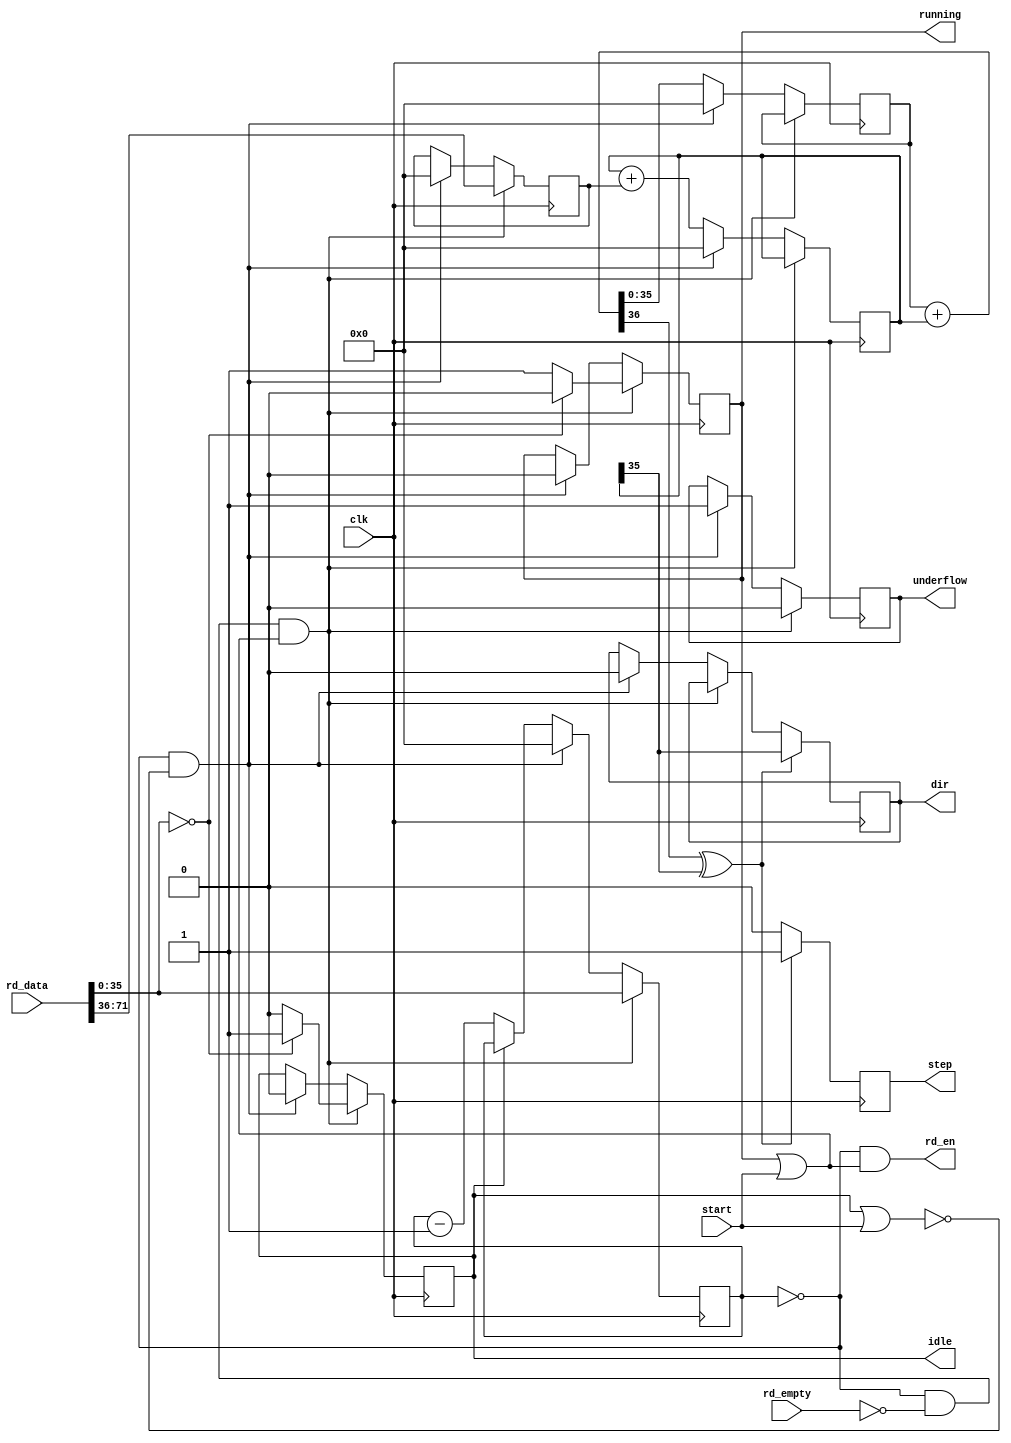
`timescale 1ns / 1ps


//
// the step output will be held high for one cycle when a step
// should be generated. This add a pipeline stage.
// dir is the corresponding direction for the step. Be aware that
// dir probably has to be valid before step for the stepper driver.
//
module cntrl#(
	parameter WIDTH = 36
) (
	input clk,

	// FIFO interface
	input [WIDTH*2-1:0] rd_data,
	input rd_empty,
	output rd_en,

	// step/dir output
	output reg step = 0,	// set to high for one cycle when a step should be generated
	output reg dir = 0,	// corresponding dir for the step

	input start,

	// debug/status information
	output reg underflow = 0,
	output reg running = 0,
	output reg idle = 0
);


//
// velocity state machine
//
reg [WIDTH-1:0] cmd_cnt = 0;
reg [WIDTH-1:0] position = 0;
reg [WIDTH-1:0] velocity = 0;
reg [WIDTH-1:0] acceleration = 0;

// step calculation
wire do_step;
wire [WIDTH-1:0] new_position;
wire [WIDTH-1:0] new_velocity;

assign {do_step, new_position} = {1'b0, position} + {1'b0, velocity};
assign new_velocity = velocity + acceleration;
assign rd_en = (cmd_cnt == 0) && (running || start);

always @(posedge clk) begin
	if (cmd_cnt == 0 && !rd_empty && (start || running)) begin
		//
		// load new command
		//
		if (rd_data[WIDTH-1:0] == 0) begin
			idle <= 1;
			running <= 0;
		end else begin
			idle <= 0;
			running <= 1;
		end
		cmd_cnt <= rd_data[WIDTH-1:0];
		acceleration <= rd_data[WIDTH*2-1:WIDTH];
		underflow <= 0;
		// keep position and velocity
	end else if (cmd_cnt == 0 && !(idle || start)) begin
		//
		// cmd done, but no new command available
		//
		cmd_cnt <= 0;
		position <= 0;
		velocity <= 0;
		acceleration <= 0;
		running <= 0;
		step <= 0;
		dir <= 0;
		underflow <= 1;
		idle <= 0;
	end else begin
		//
		// cmd still running
		//
		if (!idle)
			cmd_cnt <= cmd_cnt - 1;
		velocity <= new_velocity;
		position <= new_position;
	end
	if (do_step ^ velocity[WIDTH-1]) begin
		step <= 1;
		dir <= velocity[WIDTH-1];
	end else begin
		step <= 0;
	end
end

endmodule